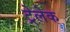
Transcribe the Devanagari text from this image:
ट्रेलेक